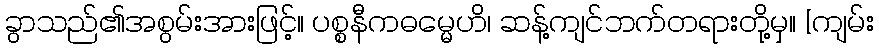
ခွာသည်၏အစွမ်းအားဖြင့်။ ပစ္စနီကဓမ္မေဟိ၊ ဆန့်ကျင်ဘက်တရားတို့မှ။ [ကျမ်း